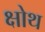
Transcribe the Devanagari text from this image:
क्षोथ